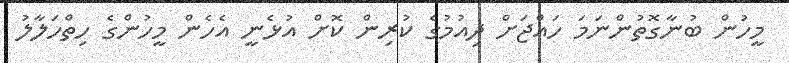
މީހުން ބުނާގޮތުންނަމަ ހައްޖަށް ދިއުމުގެ ކުރިން ކޮށް އުޅެނީ އެހެން މީހުންގެ ހިތްހަލާލު